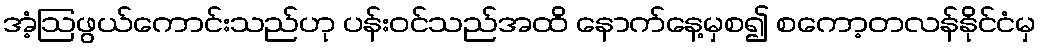
အံ့ဩဖွယ်ကောင်းသည်ဟု ပန်းဝင်သည်အထိ နောက်နေ့မှစ၍ စကော့တလန်နိုင်ငံမှ